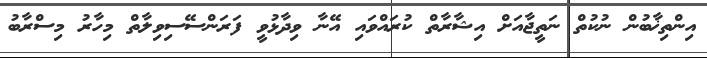
އިންތިޚާބުން ނުކުތް ނަތީޖާއަށް އިޝާރާތް ކުރައްވައި އޭނާ ވިދާޅުވީ ފަރަންސޭސިވިލާތް މިހާރު މިސްރާބު